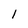
Character: 1